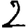
Digit: 2